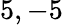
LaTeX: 5,-5